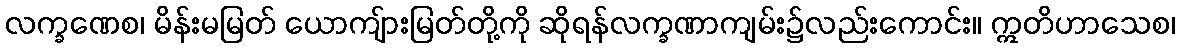
လက္ခဏေစ၊ မိန်းမမြတ် ယောကျ်ားမြတ်တို့ကို ဆိုရန်လက္ခဏာကျမ်း၌လည်းကောင်း။ ဣတိဟာသေစ၊